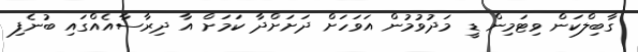
ގާބިލްކަން ވިޓަމިން ޑީ މަދުވުމުން އަވަހަށް ދަށަށްދާ ކަމަށް އާ ދިރާސާއެއްގައި ބުނެފި